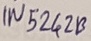
Text: IN5242B